Lunatic asylums Punjab 1911-1921 - 1911-1921
Year: 1911
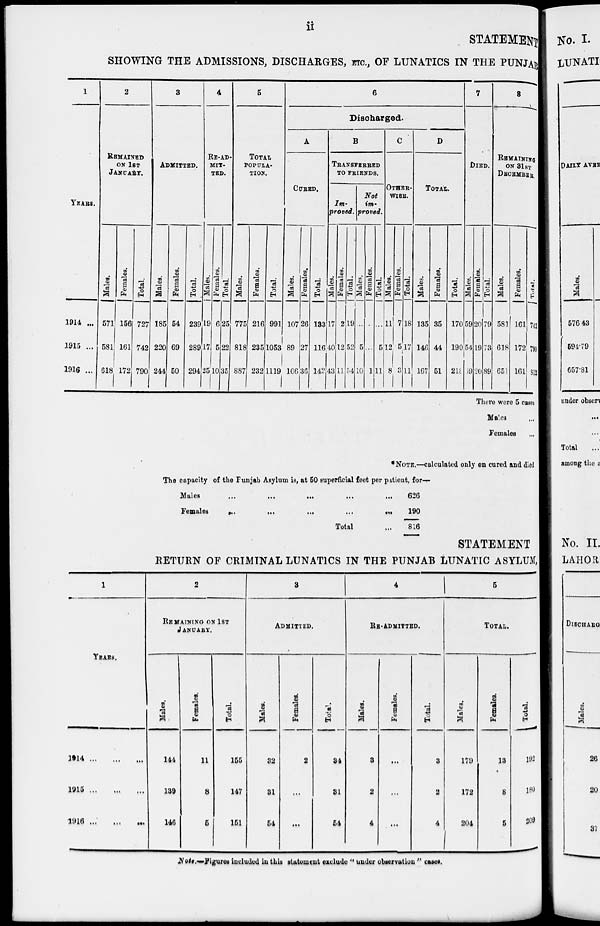
ii
STATEMENT
SHOWING THE ADMISSIONS, DISCHARGES, ETC., OF LUNATICS IN THE PUNJAB
1
YEARS.
1914 ...
1915 ...
1916 ...
2
REMAINED
ON 1ST
JANUARY.
Males.
571
581
618
Females.
156
161
172
Total.
727
742
790
3
ADMITTED.
Males.
185
220
244
Females.
54
69
50
Total.
239
289
294
4
RE-AD-
----
---.
Males.
19
17
25
Females.
6
5
10
Total.
25
22
35
5
TOTAL
POPULA-
TION.
Males.
775
818
887
Females.
216
235
232
Total.
991
1053
1119
6
Discharged.
A
CURED.
Mal es .
107
89
106
Femal es .
26
27
36
Total.
133
116
142
B
TRANSFERED
TO FRIENDS.
Im-
proved.
Males.
17
40
43
Females.
2
12
11
Total.
19
52
54
Not
im-
proved.
Males.
...
5
10
Females.
...
...
1
Total.
...
5
11
C
OTHER-
----.
Males.
11
12
8
Females.
7
5
3
Total.
18
17
11
D
TOTAL.
Males.
135
146
167
Females.
35
44
51
Total.
170
190
218
7
DIED.
Males.
59
54
69
Females.
20
19
20
Total.
79
73
89
8
REMAINING
ON 31ST
DECEMBER.
Males.
581
618
651
Females.
161
172
161
Total.
742
790
812
There were 5 cases.
Males ...
Females ...
*NOTE.—calculated only on cured and died
The capacity of the Punjab Asylum is, at 50 superficial feet per patient, for—
Males
...
...
... ... ...
Females ... ... ... ... ...
Total ...
626
190
816
STATEMENT
RETURN OF CRIMINAL LUNATICS IN THE PUNJAB LUNATIC ASYLUM,
1
YEARS.
1914 ... ... ...
1915 ... ... ...
1916
2
REMAINING ON 1ST
JANUARY.
Males.
144
139
146
Females.
11
8
5
Total.
155
147
151
3
ADMITTED.
Males.
32
31
54
Females.
2
...
...
Tolal.
34
31
54
4
RE-ADMITTED.
Males.
3
2
4
Females.
...
...
...
Total.
3
2
4
5
TOTAL.
Males.
179
172
204
Females.
13
8
5
Total.
192
180
209
Note.––Figures included in this statement exclude " under observation " cases.